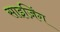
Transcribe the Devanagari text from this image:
साइज़िंग